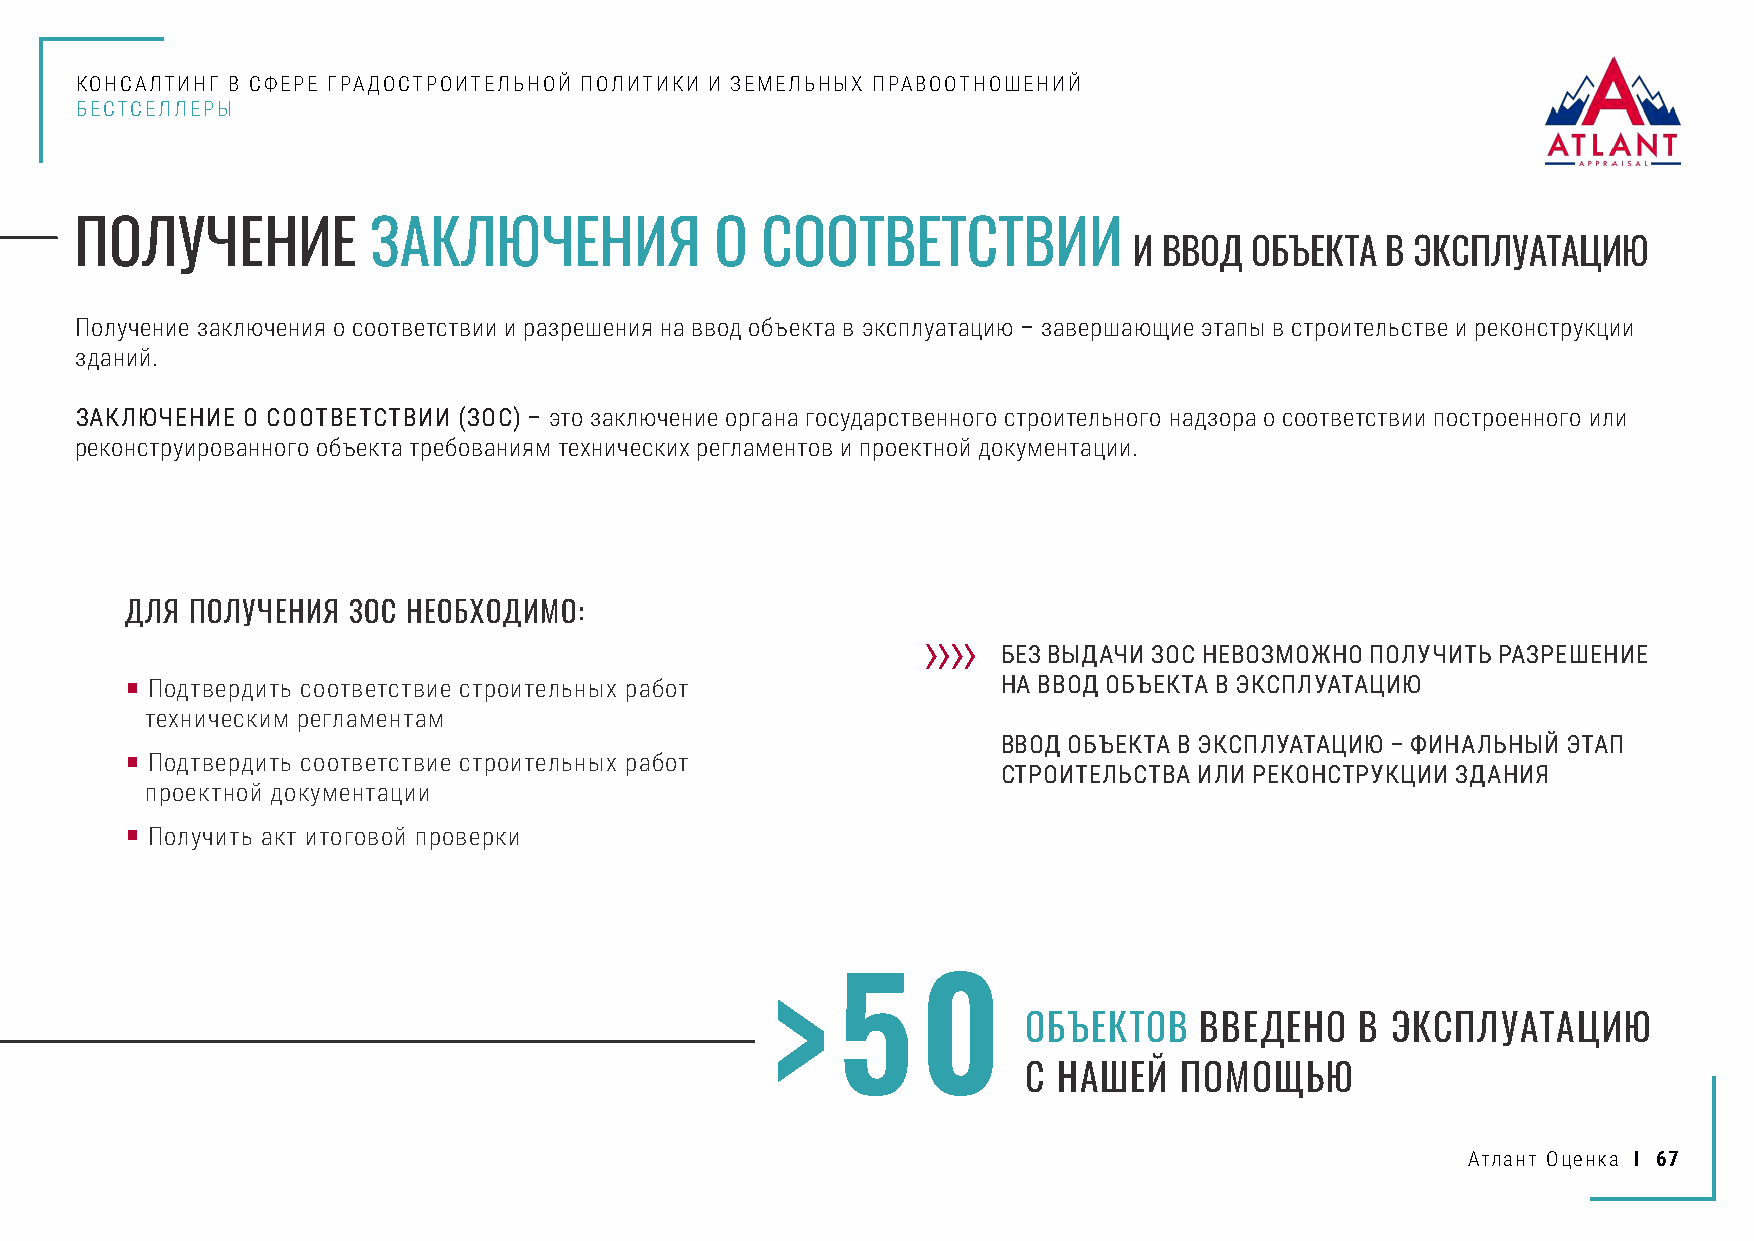
КОНСАЛТИНГ В СФЕРЕ ГРАДОСТРОИТЕЛЬНОЙ ПОЛИТИКИ И ЗЕМЕЛЬНЫХ ПРАВООТНОШЕНИЙ
 БЕСТСЕЛЛЕРЫ
 ПОЛУЧЕНИЕ           ЗАКЛЮЧЕНИЯ            О  СООТВЕТСТВИИ
 И ВВОД  ОБЪЕКТА  В ЭКСПЛУАТАЦИЮ
 Получение заключения о соответствии и разрешения на ввод объекта в эксплуатацию – завершающие этапы в строительстве и реконструкции
 зданий.
 ЗАКЛЮЧЕНИЕ О СООТВЕТСТВИИ (ЗОС) – это заключение органа государственного строительного надзора о соответствии построенного или
 реконструированного объекта требованиям технических регламентов и проектной документации.
 ДЛЯ  ПОЛУЧЕНИЯ ЗОС НЕОБХОДИМО:
 БЕЗ ВЫДАЧИ ЗОС НЕВОЗМОЖНО ПОЛУЧИТЬ РАЗРЕШЕНИЕ
 ■ Подтвердить соответствие строительных работ             НА ВВОД ОБЪЕКТА В ЭКСПЛУАТАЦИЮ
 техническим регламентам
 ВВОД ОБЪЕКТА В ЭКСПЛУАТАЦИЮ – ФИНАЛЬНЫЙ ЭТАП
 ■ Подтвердить соответствие строительных работ
 СТРОИТЕЛЬСТВА ИЛИ РЕКОНСТРУКЦИИ ЗДАНИЯ
 проектной документации
 ■ Получить акт итоговой проверки
 >   5     0
 ОБЪЕКТОВ   ВВЕДЕНО    В ЭКСПЛУАТАЦИЮ
 С НАШЕЙ   ПОМОЩЬЮ
 Атлант Оценка I 67